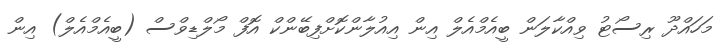
މަހައްދޫ ރިސޯޓު ވިއްކާލަން ބީއެމްއެލް އިން އިއުލާންކޮށްފިބޭންކް އޮފް މޯލްޑިވްސް (ބީއެމްއެލް) އިން